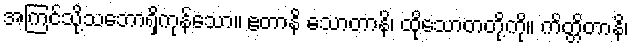
အကြင်သို့သဘောရှိကုန်သော။ ဧတာနိ သောတာနိ၊ ထိုသောတတို့ကို။ ကိတ္တိတာနိ၊